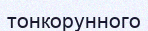
тонкорунного